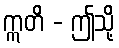
ဣတိ - ဤသို့